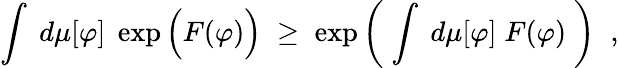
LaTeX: \int\; d\mu[\varphi]\; \exp\Big(F(\varphi)\Big)\; \geq\; \exp\left(\; \int\; d\mu[\varphi]\; F(\varphi)\; \right)\; \; ,